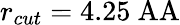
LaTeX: r_{cut}=4.25\mathrm{{\ AA}}